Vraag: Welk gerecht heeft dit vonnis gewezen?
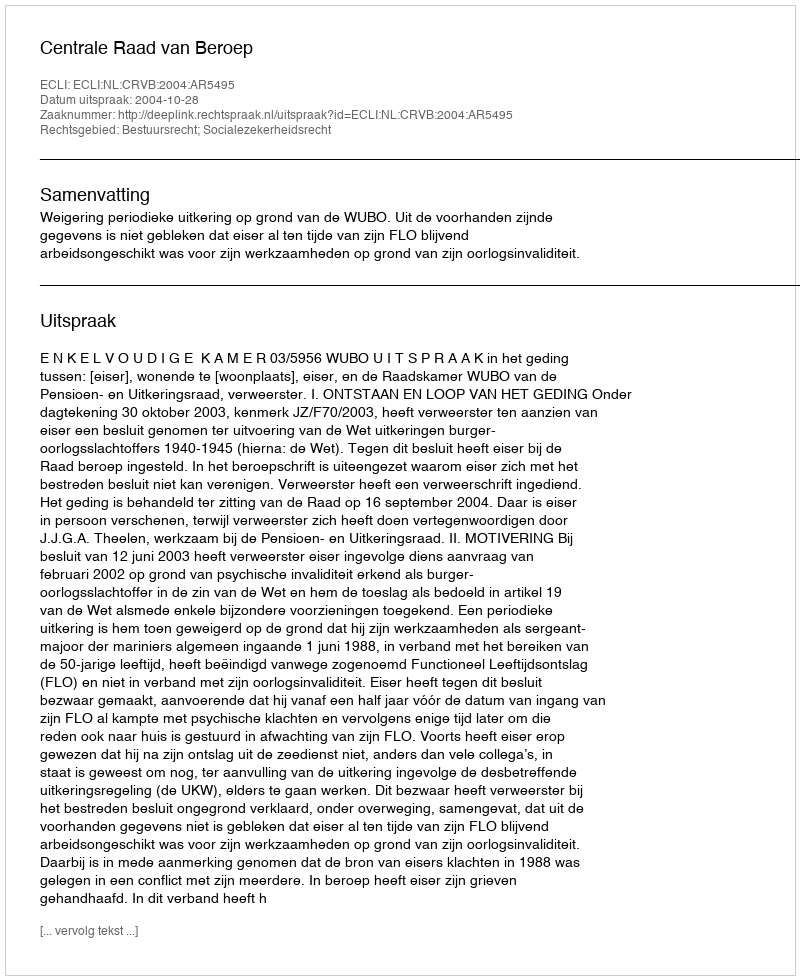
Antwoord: Centrale Raad van Beroep